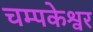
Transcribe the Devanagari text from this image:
चम्पकेश्वर